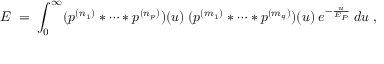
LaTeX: E \; = \; \int _ { 0 } ^ { \infty } ( p ^ { ( n _ { 1 } ) } * \cdots * p ^ { ( n _ { p } ) } ) ( u ) \: ( p ^ { ( m _ { 1 } ) } * \cdots * p ^ { ( m _ { q } ) } ) ( u ) \: e ^ { - \frac { u } { E _ { P } } } \: d u \; ,